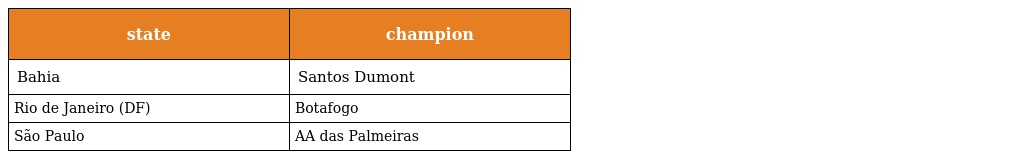
| state | champion |
 | --- | --- |
 | Bahia | Santos Dumont |
 | Rio de Janeiro (DF) | Botafogo |
 | São Paulo | AA das Palmeiras |